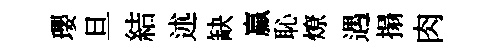
瓔旦結述缺贏恥燎遇搨肉